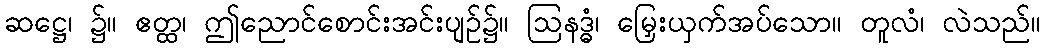
ဆဋ္ဌေ၊ ၌။ ဧတ္ထ၊ ဤညောင်စောင်းအင်းပျဉ်၌။ ဩနဒ္ဓံ၊ မြှေးယှက်အပ်သော။ တူလံ၊ လဲသည်။